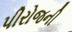
પીરોજની